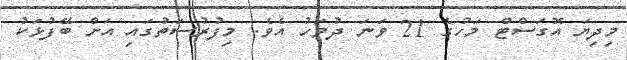
މިދިޔަ އޮގަސްޓް މަހުގެ 21 ވަނަ ދުވަހު އެވެ. މިފުރުސަތުގައި އަށް ބޭފުޅަކު